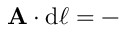
\mathbf { A } \cdot \mathrm { { d } } { \boldsymbol { \ell } } = -